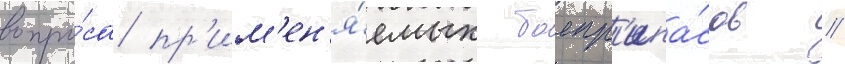
вопро́са пр'им'ен'я́емых боепр'ипа́сов //